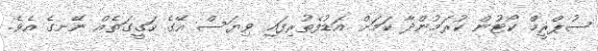
ސުޕްރީމް ކޯޓުން ކުރަމުންދާ ކަމަށް އަޑުފެތުރިފައި ވިޔަސް އޭގެ ހަގީގަތެއް ނޭނގެ އެވެ.